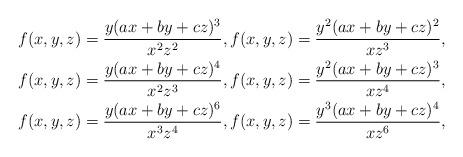
LaTeX: \begin{gather*}f(x,y,z)=\dfrac{y(ax+by+cz)^3}{x^2z^2},f(x,y,z)=\dfrac{y^2(ax+by+cz)^2}{xz^{3}},\\f(x,y,z)=\dfrac{y(ax+by+cz)^4}{x^2z^{3}},f(x,y,z)=\dfrac{y^2(ax+by+cz)^3}{xz^{4}},\\f(x,y,z)=\dfrac{y(ax+by+cz)^6}{x^3z^{4}},f(x,y,z)=\dfrac{y^3(ax+by+cz)^4}{xz^{6}},\end{gather*}